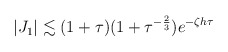
\begin{align*} \begin{aligned} \vert J_1 \vert \lesssim (1+\tau)(1+\tau^{-\frac{2}{3}})e^{-\zeta h\tau} \end{aligned} \end{align*}